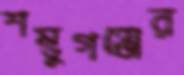
শম্ভুগঞ্জের